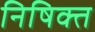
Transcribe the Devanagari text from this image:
निषिक्त